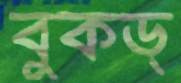
বুকড্